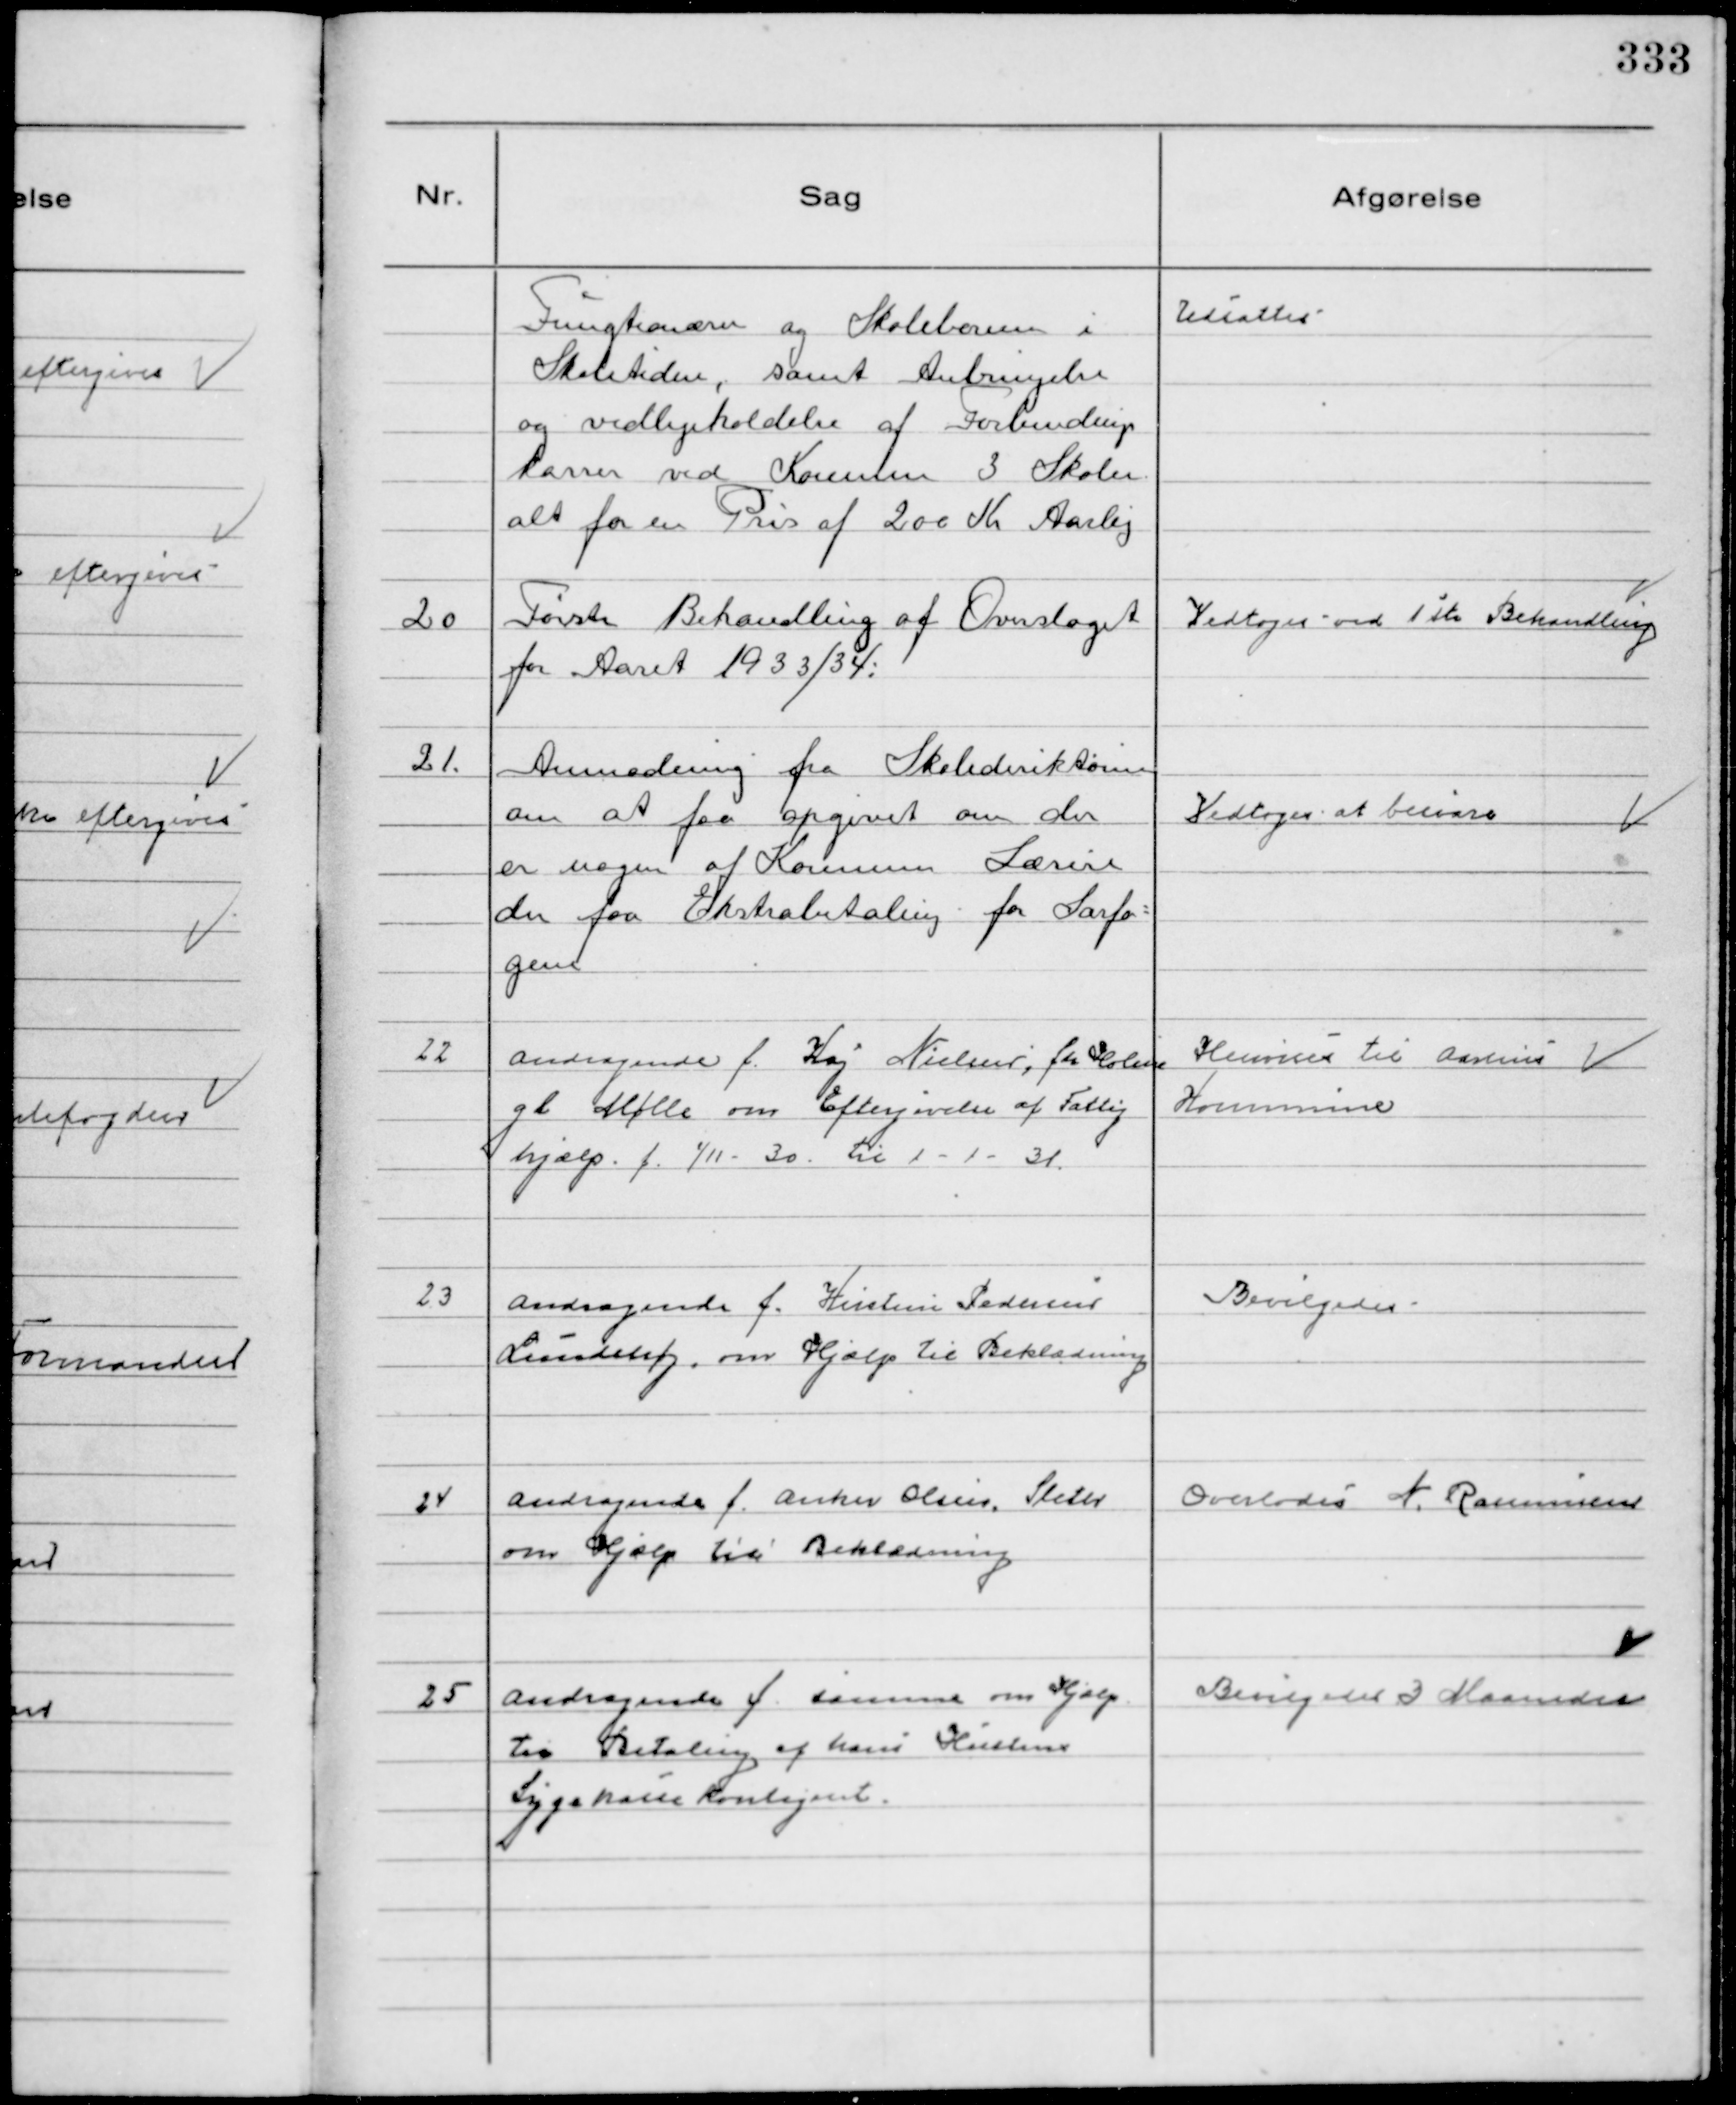
Transskription:
Fungtionærer og Skolelærere i
Skoletiden, samt Anbringelse
og vedligeholdelse af Forbindings
kasser ved Kommunens 3 Skoler
alt for en Pris af 200 Kr Aarlig

Udsattes

20
Første Behandling af Overslaget
for Aaret 1933/34.

Vedtoges ved 1ste Behandling

21.
Anmodning fra Skolederiktionen
om at faa opgivet om der
er nogen af Kommunens Lærere
der faa Ekstrabetaling for Særfa-
gene

Vedtoges at besvare

22
Andragende f. Kaj Nielsen, før Holme
gl Mølle om Eftergivelse af Fattig
hjælp f. 1/11- 30 til 1 - 1 - 31

Henvises til Aarhus
Kommune

23
Andragende f. Kirstine Pedersen
Lundshøj, om Hjælp til Beklædning

Bevilgedes

24
Andragende f. Anker Olsen, Sleth
om Hjælp til Beklædning

Overlodes N. Rasmussen

25
Andragende f samme om Hjælp
til Betaling af hans Hustrus
Sygekassekontigent.

Bevilgedes 3 Maaneder